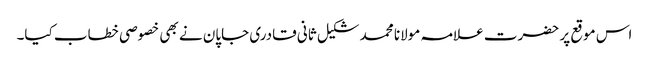
اس موقع پر حضرت علامہ مولانا محمد شکیل ثانی قادری جاپان نے بھی خصوصی خطاب کیا۔